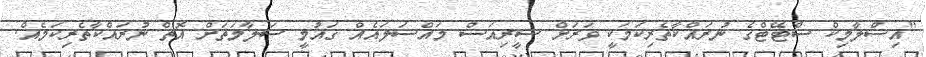
"އިސްލާމިކް ސްޓޭޓްގެ ނުރައްކާތެރިކަމަކީ ވަރަށް ސީރިއަސް މައްސަލައެއް ގައުމީ ސަލާމަތަށް އޮތް ނުރައްކާތެރިކަމެއް.